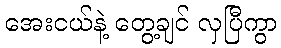
အေးငယ်နဲ့ တွေ့ချင် လှပြီကွာ